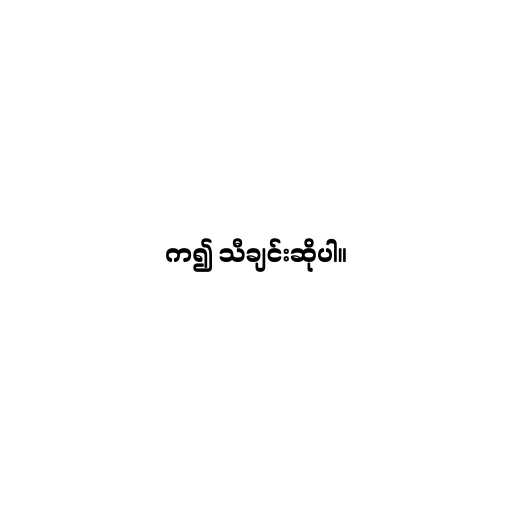
က၍ သီချင်းဆိုပါ။